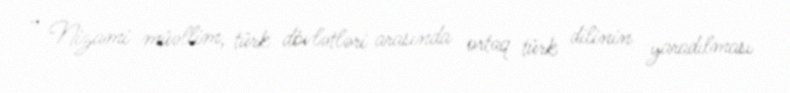
- Nizami müəllim, türk dövlətləri arasında ortaq türk dilinin yaradılması